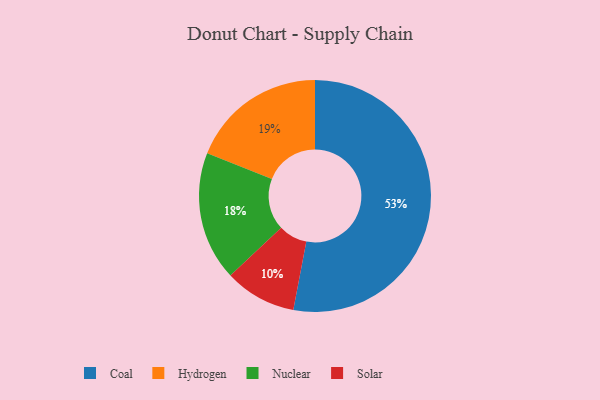
{"axis": {"x": "Category", "y": "Percentage"}, "legend": ["Coal", "Hydrogen", "Nuclear", "Solar"], "data": [{"x": "Nuclear", "y": 18, "type": "Nuclear"}, {"x": "Coal", "y": 53, "type": "Coal"}, {"x": "Solar", "y": 10, "type": "Solar"}, {"x": "Hydrogen", "y": 19, "type": "Hydrogen"}]}